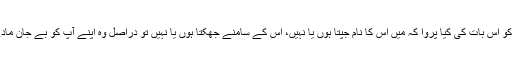
جب کوئی ملحد یہ کہتا ہے کہ خالقِ کائنات کو اس بات کی کیا پروا کہ میں اس کا نام جپتا ہوں یا نہیں، اس کے سامنے جھکتا ہوں یا نہیں تو دراصل وہ اپنے آپ کو بے جان مادے یا جانور کی سطح پر رکھ کر سوچتا ہے۔